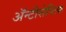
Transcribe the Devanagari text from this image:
ॲन्टीसेप्टिक